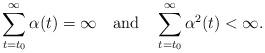
LaTeX: \begin{align*} \sum_{t=t_0}^{\infty}\alpha(t)=\infty~~\mbox{ and }~~\sum_{t=t_0}^{\infty}\alpha^2(t)<\infty.\end{align*}